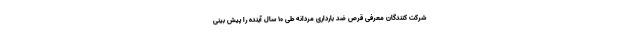
شرکت کنندگان معرفی قرص ضد بارداری مردانه طی 10 سال آینده را پیش بینی